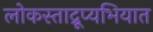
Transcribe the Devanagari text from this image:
लोकस्ताद्रूप्यभियात